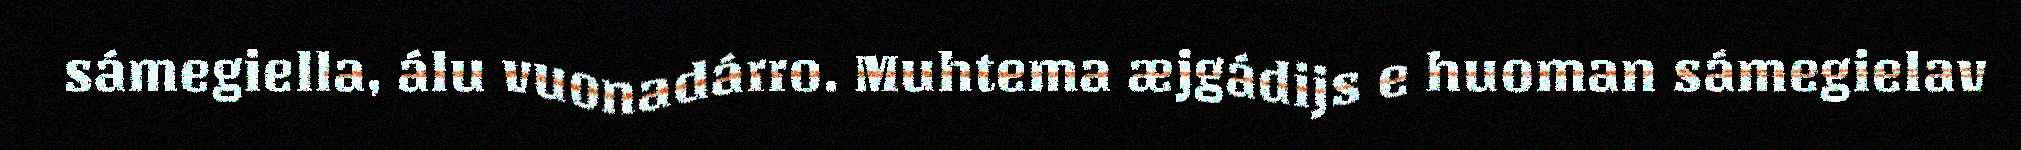
sámegiella, álu vuonadárro. Muhtema æjgádijs e huoman sámegielav